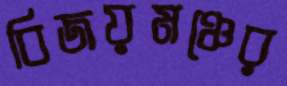
বিজয়মঞ্চের